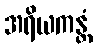
အရိယကန္တံ